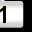
Digit: 1